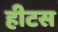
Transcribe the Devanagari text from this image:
हीटस